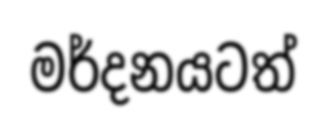
මර්දනයටත්